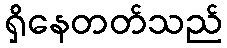
ရှိနေတတ်သည်